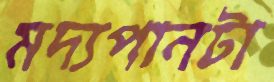
মদ্যপানটা